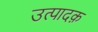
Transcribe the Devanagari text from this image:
उत्पादक़